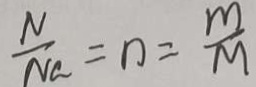
\frac { N } { N a } = n = \frac { m } { M }